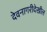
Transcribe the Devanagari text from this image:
देवनागरीदेखील